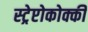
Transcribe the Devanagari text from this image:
स्ट्रेप्टोकोक्की